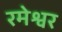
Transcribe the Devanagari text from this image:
रमेश्वर